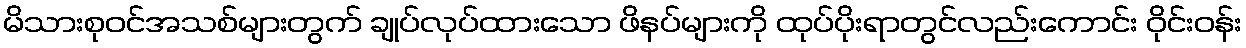
မိသားစုဝင်အသစ်များတွက် ချုပ်လုပ်ထားသော ဖိနပ်များကို ထုပ်ပိုးရာတွင်လည်းကောင်း ဝိုင်းဝန်း